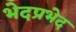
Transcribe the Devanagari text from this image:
भेदप्रभेद